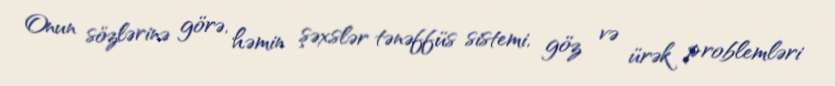
Onun sözlərinə görə, həmin şəxslər tənəffüs sistemi, göz və ürək problemləri